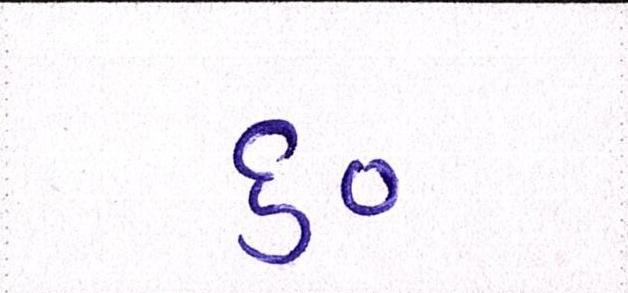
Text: ૬૦